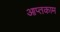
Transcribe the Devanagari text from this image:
आप्तकाम